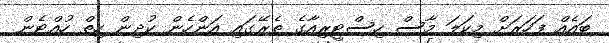
ބައެއް ފަހަރަށް މިކަލަ މާސް ހިސްޓީރިއާގެ ތެރޭގައި އަންހެން ކުދިން ހިތް ހުއްޓެން